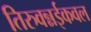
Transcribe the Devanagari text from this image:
तिरुवन्नईकवल